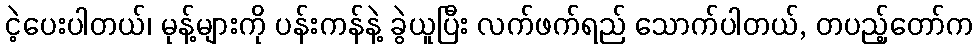
ငဲ့ပေးပါတယ်၊ မုန့်များကို ပန်းကန်နဲ့ ခွဲယူပြီး လက်ဖက်ရည် သောက်ပါတယ်, တပည့်တော်က